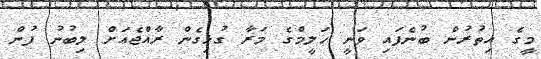
މީގެ އިތުރުން ބުނެފައި ވަނީ ހަލީމްގެ މަރާ ގުޅިގެން ރާއްޖެއަށް ލިބުނު ފުން